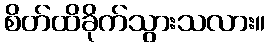
စိတ်ထိခိုက်သွားသလား။